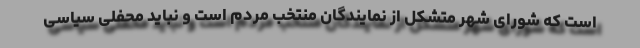
است که شورای شهر متشکل از نمایندگان منتخب مردم است و نباید محفلی سیاسی